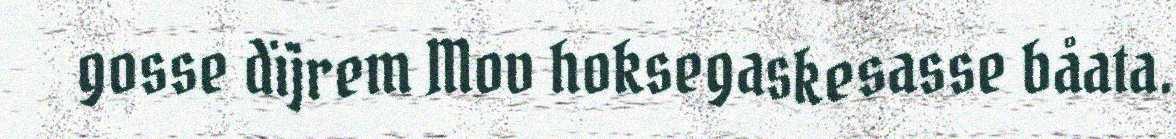
gosse dïjrem Mov hoksegaskesasse båata.